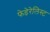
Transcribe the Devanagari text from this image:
फेडेरेलिस्ट